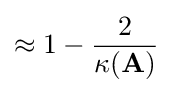
\approx 1-{\frac {2}{\kappa (\mathbf {A} )}}